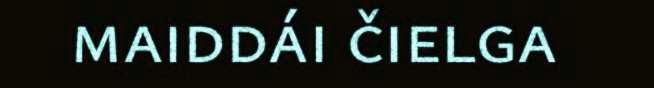
maiddái čielga